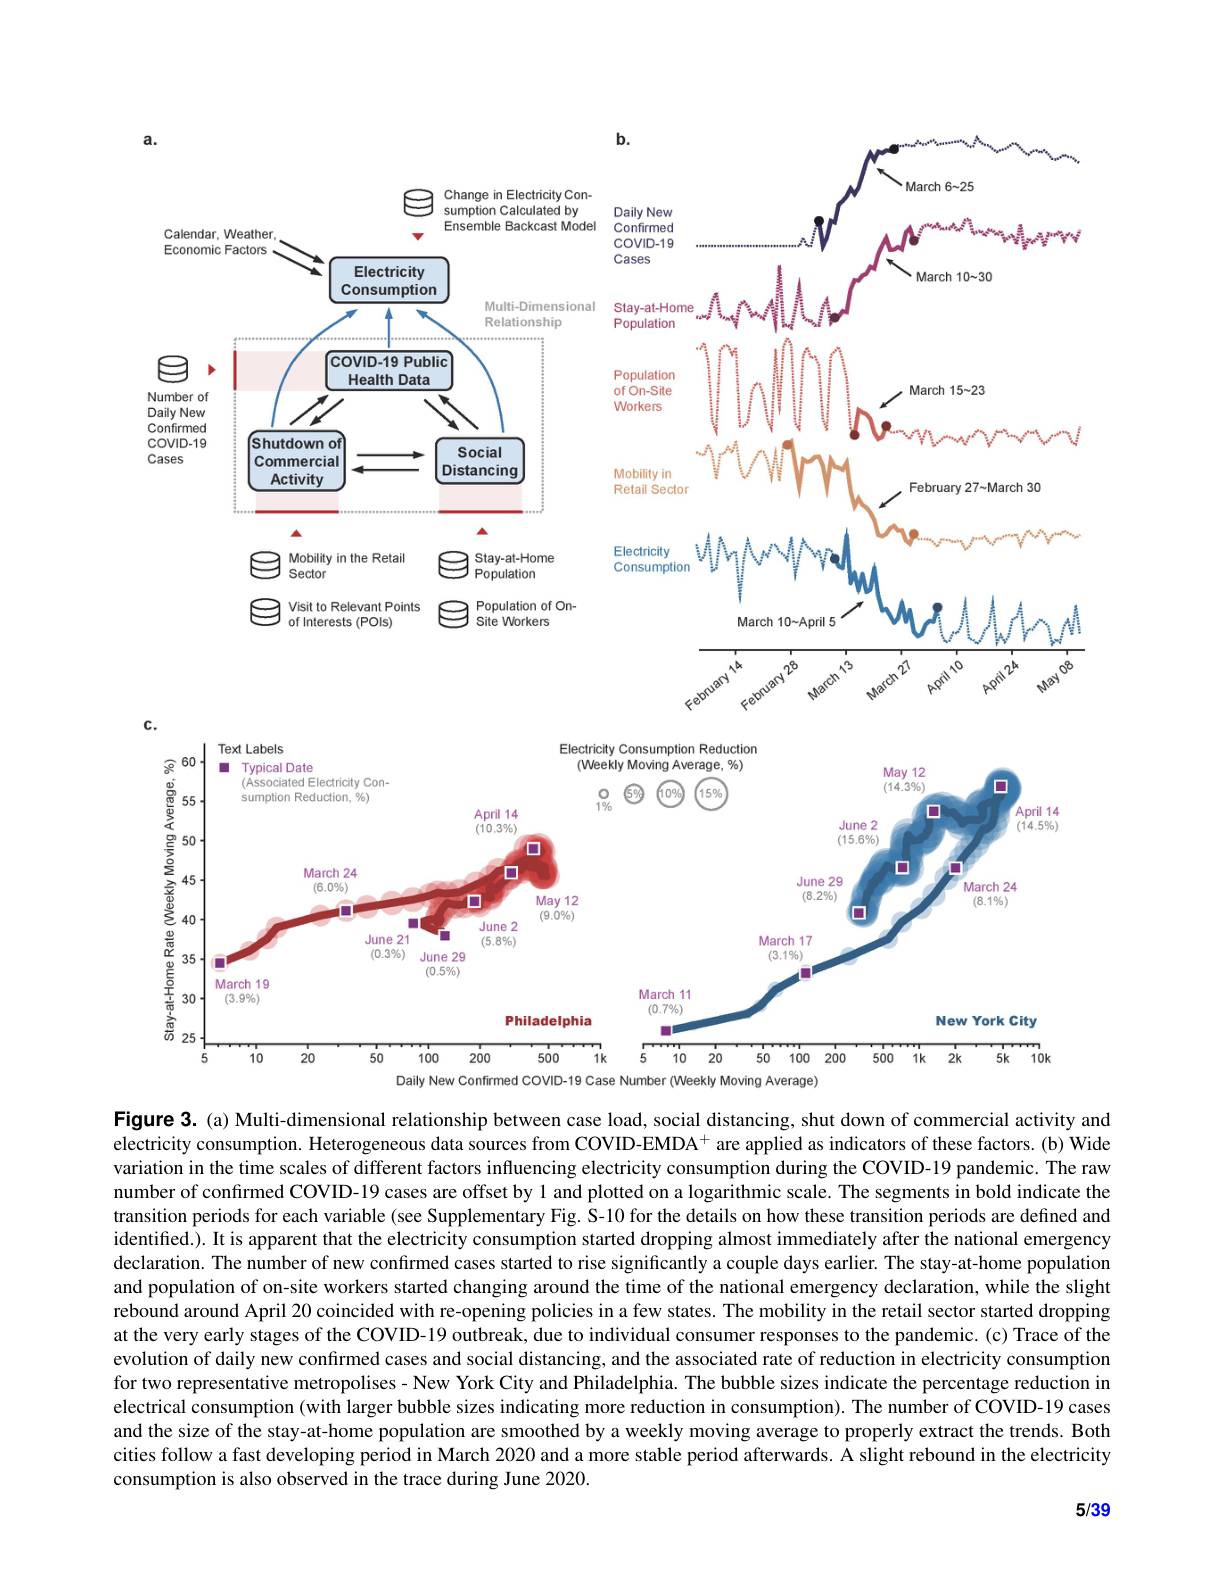
<FigureHere>

Figure 3. (a) Multi-dimensional relationship between case load, social distancing, shut down of commercial activity and electricity consumption. Heterogeneous data sources from COVID-EMDA$^{+}$ are applied as indicators of these factors. (b) Wide variation in the time scales of different factors influencing electricity consumption during the COVID-19 pandemic. The raw number of confirmed COVID-19 cases are offset by 1 and plotted on a logarithmic scale. The segments in bold indicate the transition periods for each variable (see Supplementary Fig. S-10 for the details on how these transition periods are defined and identified.). It is apparent that the electricity consumption started dropping almost immediately after the national emergency declaration. The number of new confirmed cases started to rise significantly a couple days earlier. The stay-at-home population and population of on-site workers started changing around the time of the national emergency declaration, while the slight rebound around April 20 coincided with re-opening policies in a few states. The mobility in the retail sector started dropping at the very early stages of the COVID-19 outbreak, due to individual consumer responses to the pandemic. (c) Trace of the evolution of daily new confırmed cases and social distancing, and the associated rate of reduction in electricity consumption for two representative metropolises - New York City and Philadelphia. The bubble sizes indicate the percentage reduction in electrical consumption (with larger bubble sizes indicating more reduction in consumption). The number of COVID-19 cases and the size of the stay-at-home population are smoothed by a weekly moving average to properly extract the trends. Both cities follow a fast developing period in March 2020 and a more stable period afterwards. A slight rebound in the electricity consumption is also observed in the trace during June 2020.

5/39